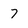
Character: 7